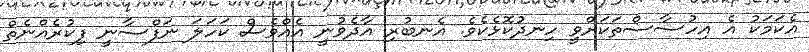
އެކަމަކު އެ އިހުސާސްތަކަށްވީ ހިނދުކޮޅެކެވެ. އެނބުރި އާދެވުނީ އެއްވެސް ކަހަލަ ނަފްސާނީ ފިކުރެއްނެތް